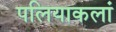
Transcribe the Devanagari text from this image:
पलियाकलां